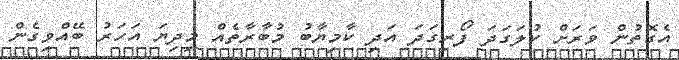
އެގޮތުން ވަރަށް ކުލަގަދަ ފޯރިގަދަ އަދި ކާމިޔާބު މުބާރާތެއް މިދިޔަ އަހަރު ބޭއްވިގެން